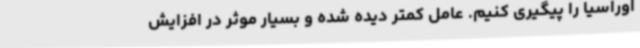
اوراسیا را پیگیری کنیم. عامل کمتر دیده شده و بسیار موثر در افزایش